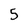
Character: 5